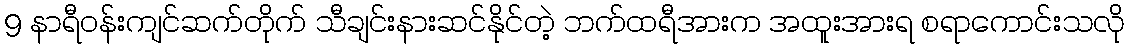
9 နာရီဝန်းကျင်ဆက်တိုက် သီချင်းနားဆင်နိုင်တဲ့ ဘက်ထရီအားက အထူးအားရ စရာကောင်းသလို